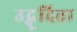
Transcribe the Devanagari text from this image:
उद्भूदिता